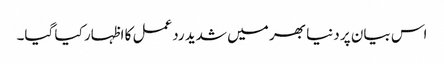
اس بیان پر دنیا بھر میں شدید ردعمل کا اظہار کیا گیا۔